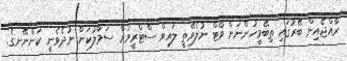
ރާއްޖެއިން ބޭރުގައި ތިބޭމީހުންނަށް ވޯޓް ނުލެވޭތީ ލައިވް ސްޓްރީމަށް ސަމާލުކަން ނުދެވެނީ ކަންނޭނގެ.